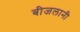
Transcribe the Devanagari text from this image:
बीजलानी